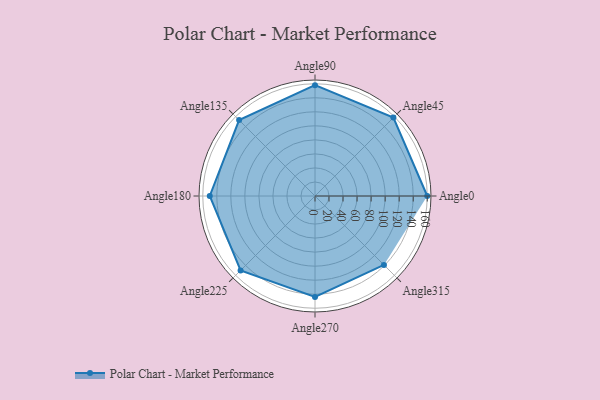
{"axis": {"x": "Angle", "y": "Radius"}, "legend": [""], "data": [{"x": "Angle0", "y": 160.0, "type": ""}, {"x": "Angle45", "y": 158.0, "type": ""}, {"x": "Angle90", "y": 158.0, "type": ""}, {"x": "Angle135", "y": 153.0, "type": ""}, {"x": "Angle180", "y": 150.0, "type": ""}, {"x": "Angle225", "y": 150.0, "type": ""}, {"x": "Angle270", "y": 144.0, "type": ""}, {"x": "Angle315", "y": 139.0, "type": ""}]}